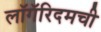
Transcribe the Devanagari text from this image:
लॉगॅरिदमची